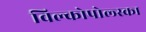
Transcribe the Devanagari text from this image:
विल्कोपोल्स्का